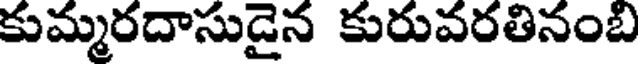
కుమ్మరదాసుడైన కురువరతినంబి